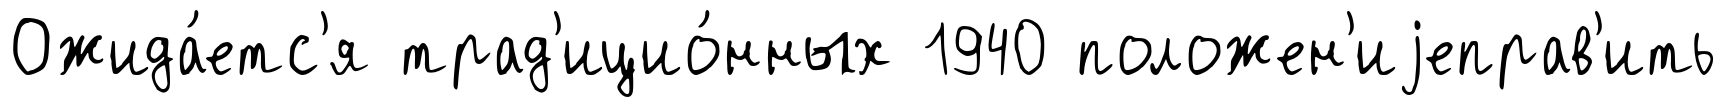
Ожида́етс'я трад'ицио́нных 1940 положен'иjеправ'ить